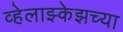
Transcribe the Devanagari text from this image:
व्हेलाझ्केझच्या